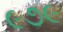
૯૭૯